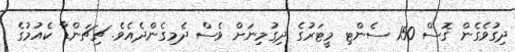
ދިގުވެގެން ގޮސް 150 ސެންޓި މީޓަރުގެ ދިގުމިނަށް ވެސް ދެމިގެންދެއެވެ. ޗިޗަންޑާ ކެއުމުގެ